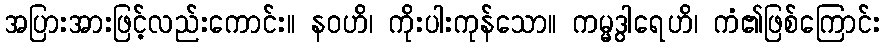
အပြားအားဖြင့်လည်းကောင်း။ နဝဟိ၊ ကိုးပါးကုန်သော။ ကမ္မဒွါရေဟိ၊ ကံ၏ဖြစ်ကြောင်း